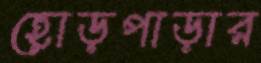
হোড়পাড়ার